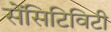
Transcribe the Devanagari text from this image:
सेंसिटिविटी